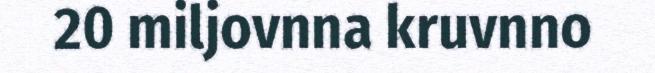
20 miljovnna kruvnno